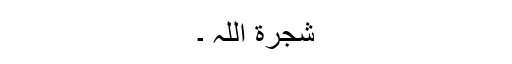
شجرة اللہ ۔